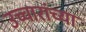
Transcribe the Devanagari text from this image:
उच्चारांच्या